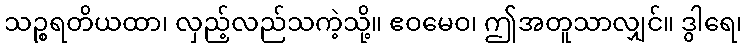
သဉ္စရတိယထာ၊ လှည့်လည်သကဲ့သို့။ ဧဝမေဝ၊ ဤအတူသာလျှင်။ ဒွါရေ၊